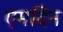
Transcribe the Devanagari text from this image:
एमदिन